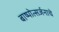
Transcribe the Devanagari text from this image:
बाष्पोत्सर्जनाचे